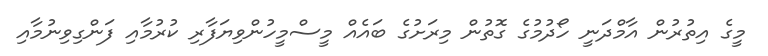
މީގެ އިތުރުން އާމްދަނީ ހޯދުމުގެ ގޮތުން މިރަށުގެ ބައެއް މީސްމީހުންވިޔަފާރި ކުރުމާއި ފަންގިވިނުމާއި